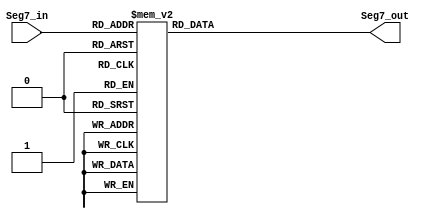
// ECE 6370
`timescale 1ns/10ps
module MySevenSegmentDisplayModule(Seg7_in, Seg7_out);
input [3:0]Seg7_in;
output [6:0]Seg7_out;
reg [6:0]Seg7_out;

always @(Seg7_in)
begin
case (Seg7_in)
4'b0000 : begin
			Seg7_out = 7'b1000000;
		 end
4'b0001 : begin
			Seg7_out = 7'b1111001;
		 end
4'b0010 : begin
			Seg7_out = 7'b0100100;
		 end
4'b0011 : begin
			Seg7_out = 7'b0110000;
		 end
4'b0100 : begin
			Seg7_out = 7'b0011001;
		 end		 
4'b0101 : begin
			Seg7_out = 7'b0010010;
		 end
4'b0110 : begin
			Seg7_out = 7'b0000010;
		 end
4'b0111 : begin
			Seg7_out = 7'b1111000;
		 end
4'b1000 : begin
			Seg7_out = 7'b0000000;
		 end
4'b1001 : begin
			Seg7_out = 7'b0011000;
		 end
4'b1010 : begin
			Seg7_out = 7'b0001000;
		 end
4'b1011 : begin
			Seg7_out = 7'b0000011;
		 end
4'b1100 : begin
			Seg7_out = 7'b1000110;
		 end
4'b1101 : begin
			Seg7_out = 7'b0100001;
		 end
4'b1110 : begin
			Seg7_out = 7'b0000110;
		 end
4'b1111 : begin
			Seg7_out = 7'b1111111; //all segments OFF
		 end
default : begin
			Seg7_out = 7'b1111111; // default -> all segments OFF 
		 end
endcase
end
endmodule